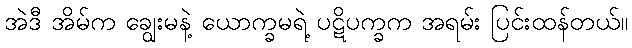
အဲဒီ အိမ်က ချွေးမနဲ့ ယောက္ခမရဲ့ ပဋိပက္ခက အရမ်း ပြင်းထန်တယ်။